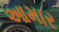
આમાર